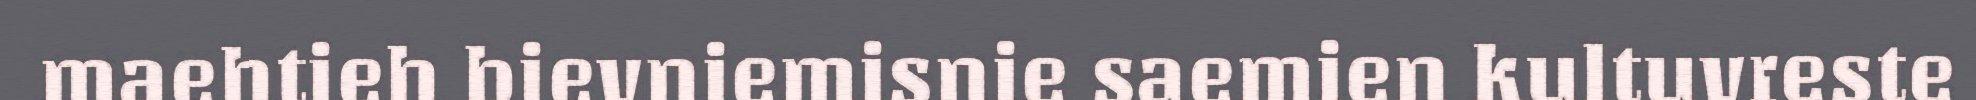
maehtieh bievniemisnie saemien kultuvreste